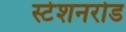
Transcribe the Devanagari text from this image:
स्टेशनरोड